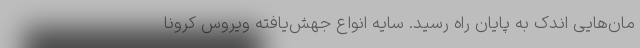
مان‌هایی اندک به پایان راه رسید. سایه انواع جهش‌یافته ویروس کرونا